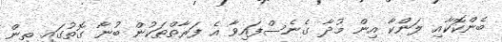
ބެންކޮކާއި ލަންކާ އިން މުދާ ގެނެސްފައިވާ އެ ފަރާތްތަކުން ބުނާ ގޮތުގައި ތިން